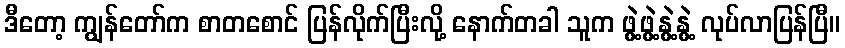
ဒီတော့ ကျွန်တော်က စာတစောင် ပြန်လိုက်ပြီးလို့ နောက်တခါ သူက ဖွဲ့ဖွဲ့နွဲ့နွဲ့ လုပ်လာပြန်ပြီ။